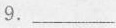
9.___